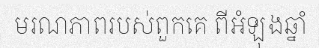
មរណភាពរបស់ពួកគេ ពីអំឡុងឆ្នាំ